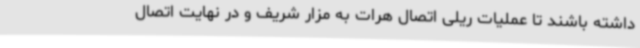
داشته باشند تا عملیات ریلی اتصال هرات به مزار شریف و در نهایت اتصال